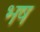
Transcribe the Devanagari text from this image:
भष